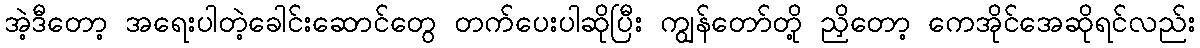
အဲ့ဒီတော့ အရေးပါတဲ့ခေါင်းဆောင်တွေ တက်ပေးပါဆိုပြီး ကျွန်တော်တို့ ညှိတော့ ကေအိုင်အေဆိုရင်လည်း